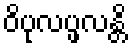
ဝိပုလပ္ဖလန္တိ